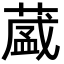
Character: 𮐺